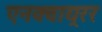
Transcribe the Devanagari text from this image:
एनक्वाय्ररर